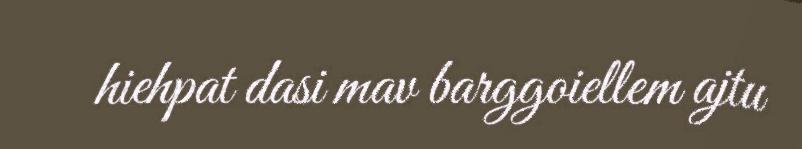
hiehpat dasi mav barggoiellem ajtu